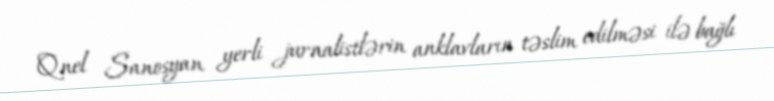
Qnel Sanosyan yerli jurnalistlərin anklavların təslim edilməsi ilə bağlı